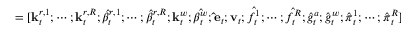
= [ \mathbf { k } _ { t } ^ { r , 1 } ; \cdots ; \mathbf { k } _ { t } ^ { r , R } ; { \hat { \beta } } _ { t } ^ { r , 1 } ; \cdots ; { \hat { \beta } } _ { t } ^ { r , R } ; \mathbf { k } _ { t } ^ { w } ; { \hat { \beta _ { t } ^ { w } } } ; \mathbf { \hat { e } } _ { t } ; \mathbf { v } _ { t } ; { \hat { f _ { t } ^ { 1 } } } ; \cdots ; { \hat { f _ { t } ^ { R } } } ; { \hat { g } } _ { t } ^ { a } ; { \hat { g } } _ { t } ^ { w } ; { \hat { \boldsymbol { \pi } } } _ { t } ^ { 1 } ; \cdots ; { \hat { \boldsymbol { \pi } } } _ { t } ^ { R } ]